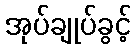
အုပ်ချုပ်ခွင့်